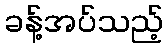
ခန့်အပ်သည့်